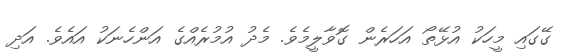
ގޭގައި މީހަކު އުޅޭތޯ އަހަރެން ގޮވާލީމެވެ. މެދު އުމުރެއްގެ އަންހެނަކު އައެވެ. އަދި